Vaccination report Assam 1874-1896 - 1874-1896
Year: 1874
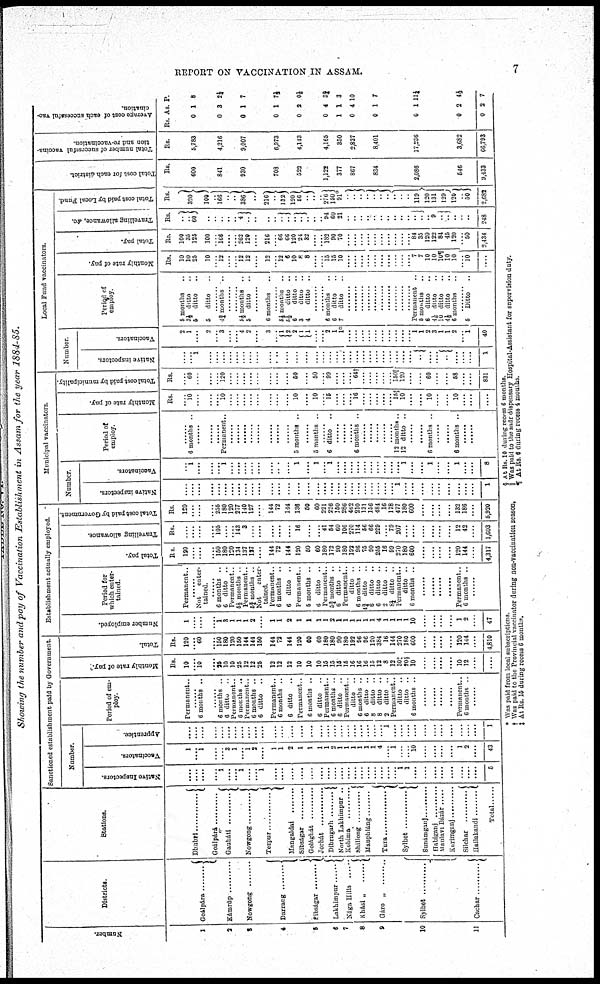
REPORT ON VACCINATION IN ASSAM.
7
Showing the number and pay of Vaccination Establishment in Assam for the year 1884-85.
Number.
1
2
3
4
5
6
7
8
9
10
11
Districts.
Goálpára ............
Kámrúp ............
Nowgong ........
Darrang ............
Sibságar
Lakhimpur ........
Nága Hills ........
Khási „ .......
Gáro „ ........
Sylhet ................
Cachar ............
Stations.
Dbabri ............
Goálpárá............
Gauháti ................
Nowgong ............
Tezpur ............
Mangaldai
Sibságar ............
Golághát
Jorhát
Dibrugarh ............
North Lakhimpur ..
Kohima
........
Shillong ........
Manphláng ........
Tura ............
Sylhet ............
Sunámganj............
Habiganj
........
Maulavi Bazár.....
Karimganj........
Silchar ............
Hailakandi........
Total ....
Sanctioned establishment paid by Government
Number.
Native Inspectors.
....
....
....
.... 1
....
.... 1
....
.... 1
....
....
....
....
....
....
....
....
....
....
....
....
....
....
....
.... .... 1
1
....
....
....
....
....
....
....
....
5
Vaccinators.
1
....
....
....
....
....
.... ....
....
....
....
.... 1
2
1
1
1
1
2
1
1
1
1
1
1
4
.... 1
...
.... 10
....
....
....
....
1
2
....
43
Apprentice.
....
....
....
....
.... ....
....
....
....
....
....
....
....
....
....
....
....
....
....
....
....
....
....
....
....
....
1 ....
....
....
....
....
....
....
....
....
....
....
1
Period of em-
ploy.
Permanent..
.... 6 months ..
.... 6 months ..
6 ditto
..
Permanent..
6 months ..
Permanent..
6 months ..
6 ditto ..
Permanent..
6 months ..
6 ditto ..
Permanent..
6 months ..
6 ditto ..
Permanent..
6 months ..
6 ditto ..
Permanent..
ditto ..
6 months ..
6 ditto ..
8 ditto ..
8 ditto ..
2 ditto ..
Permanent..
ditto ..
ditto ..
6 months ..
......
......
......
......
Permanent..
6 months ..
........
Monthly rate of pay.
Rs.
10
.... 10
.... 25
10
10
25
12
12
25
12
12
12
10
10
10
15
15
15
15
16
16
16
15
12
8
12
30‡
20§
10
....
....
....
....
10
12
....
....
Total.
Rs.
120
.... 60
.... 150
180
120
150
144
144
150
144
72
144
120
60
60
180
180
90
180
192
96
96
120
384
16
144
270
180
600
....
....
....
....
120
144
....
4,810
Establishment actually employed.
Number employed.
1
....
....
.... 1
3
1
1
1
2
....
1
1
2
1
1
1
1
2
1
1
1
1
1
1
4
1
1
1
1
10
....
....
....
....
1
2
....
47
Period for
which enter-
tained.
Permanent..
.... Not enter-
tained
.... 6 months ..
6 ditto ..
Permanent.
5½ months ..
Permanent..
5¾ months ..
Not
enter-
tained.
Permanent..
6 months ..
6 ditto ..
Permanent..
5 months ..
6 ditto ..
Permanent..
5¾ months ..
6 ditto ..
Permanent..
ditto ..
6 months ..
4¾ ditto ..
6 ditto ..
6 ditto ..
2 ditto ..
8¼ ditto ..
Permanent..
ditto ..
6 months ..
....
....
....
....
Permanent..
6 months ..
........
Total pay.
Rs
120
....
....
.... 150
180
120
134
137
127
....
144
72
144
120
50
60
180
172
90
180
192
96
75
90
255
16
99
270
180
600
....
....
....
....
120
144
....
4,317
Travelling allowance.
Rs.
....
....
....
.... 105
....
.... 143
3
....
....
....
....
....
16
....
.... 41
54
60
106
270
114
56
66
229
.... 79
207
....
....
....
....
....
....
12
42
....
1,603
Total cost paid by Government.
Rs.
120
....
....
.... 256
180
120
277
140
127
....
144
72
144
136
50
60
221
226
150
286
462
210
131
156
484
16
178
477
180
600
....
....
....
....
132
186
....
5,920
Municipal vaccinators.
Number.
Native inspectors.
....
....
....
....
....
....
....
....
....
....
....
....
....
....
....
....
....
....
....
....
....
....
...
....
....
....
....
....
1
....
....
....
....
....
....
....
....
....
1
Vaccinators.
....
1
....
....
.... 1
.... ....
....
....
....
....
...
....
1
....
1
.... 1
....
....
....
....
.... ....
....
....
....
.... 1
....
....
1
....
....
1
....
....
8
Period of
employ.
....
6 months ..
....
....
.... Permanent..
....
....
....
....
....
....
....
....
5 months ..
....
5 months ..
.... 6 ditto ..
....
....
.... 6 months ..
....
....
....
.... .... 12 months..
12 ditto ..
......
......
6 months ..
......
......
6 months ..
......
......
Monthly rate of pay.
Rs.
....
10
....
....
.... 10
....
....
....
....
....
....
....
....
10
....
10
... 15
....
....
.... 16
....
....
....
.... .... 15§
10
....
....
10
....
....
10
....
....
....
Total cost paid by municipality.
Rs.
....
60
....
....
.... 120
....
....
....
....
....
....
....
....
60
....
50
.... 99
....
....
.... 64†
....
....
....
....
.... 150||
120
....
....
60
....
....
58
....
....
831
Local Fund vaccinators.
Number.
Native inspectors.
....
.... 1
....
....
....
....
....
....
....
....
....
....
....
....
....
....
....
..
....
....
....
....
....
....
.... ....
....
....
....
..
....
....
..
..
...
....
1
Vaccinators.
2
1
....
2
.... 3
....
.... 4
2
....
3
.... 1
2
2
1
1
....
.... 2
1
1*
....
....
....
....
....
.... ....
....
....
.... 1
1
2
3
1
1
2
.... 1
40
Period of
employ.
5 months ..
3½ ditto ..
5 ditto ..
5 ditto ..
.... 4¾ months ..
....
5½ months ..
5 ditto
..
....
6 months
..
.... 5½ months ..
5½ ditto ..
6 ditto ..
3 ditto ..
4 ditto ..
........
........ 6 months ..
6 ditto ..
7 ditto ..
........
....
....
....
....
.... ....
....
....
.... Permanent ..
5 months ..
6 ditto ..
4 1/8 ditto ..
10 ditto ..
4½ ditto ..
6 months ..
........ 5 Ditto ..
Monthly rate of pay.
Rs.
10
10
25
10
.... 12
....
.... 12
12
....
12
.... 12
6
10
8
8
....
.... 15
15
10
....
....
....
....
....
....
....
....
....
.... 7
7
10
10
10¶
10
10
.... 10
....
Total pay.
Rs.
100
35
125
100
.... 166
....
.... 262
120
....
216
.... 66
66
120
24
32
....
.... 182
90
70
....
....
....
....
....
.... ....
....
....
.... 84
35
120
122
84
45
120
.... 50
2,434
Travelling allowance, &c.
Rs.
..
..
60
..
..
..
..
.. 4
....
....
..
.. ..
..
..
.. ..
..
.. 94
60 21
..
..
..
..
..
.. ..
..
..
.. .. ..
.. 9
..
..
..
..
..
248
Total cost paid by Local Fund.
Rs.
320
100
..
166
..
..
386
..
216
..
132
120
56
..
..
.. 276
150
91*
..
..
..
.. ...
.. ..
..
..
..
119
120
131
129
120
..
50
2,682
Total cost for each district
Rs.
600
841
930
708
522
1,122
377
867
834
2,086
546
9,433
Total number of snccessful vaccina-
tion and re-vaccination
Rs.
5,783
4,216
9,007
6,973
4,143
4,165
350
2,837
8,401
17,236
3,682
66,793
Average cost of each successful vac¬
cination.
Rs.
0
0
0
0
0
0
1
0
0
0
0
0
As.
1
3
1
1
2
4
1
4
1
1
2
2
P.
8
2¼
7
7½
01/8
3¾
3
10
7
11¼
4½
7
* Was paid from local subscriptions
† Was paid to the Provincial vaccinator during non-vaccination season,
‡ At Rs. 15 during recess 6 months.
§ At Rs. 10 during recess 6 months.
|| Was paid to the sadr dispensary Hospital-Assistant for supervision duty.
¶ At Rs. 6 during recess 4 months.